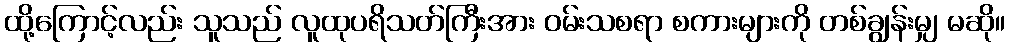
ထို့ကြောင့်လည်း သူသည် လူထုပရိသတ်ကြီးအား ဝမ်းသစရာ စကားများကို တစ်ချွန်းမျှ မဆို။